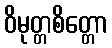
ဝိမုတ္တစိတ္တော